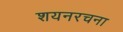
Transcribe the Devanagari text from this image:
शयनरचना